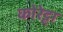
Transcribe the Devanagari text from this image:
कोरेट्टा